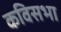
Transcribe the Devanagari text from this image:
कविसभा